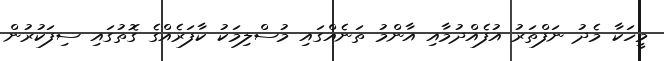
މީހަކާ މެދު ނަފްތަރު އުފެއްދުމާއި އާންމު ތަނެއްގައި މުސްލިމަކު ކާފަރެއްގެ ގޮތުގައި ސިފަކުރުން